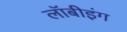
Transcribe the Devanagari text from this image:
लॉबीइंग